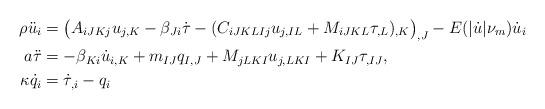
LaTeX: \begin{align*}\rho \ddot{u}_i &= \big( A_{iJKj} u_{j,K} - \beta_{Ji} \dot{\tau} -(C_{iJKLIj} u_{j,IL} + M_{iJKL} \tau_{,L} )_{,K}\big)_{,J} -E(|\dot{u}|\nu_m) \dot{u}_i\\ a \ddot{\tau} &=-\beta_{Ki} \dot{u}_{i,K} + m_{IJ}q_{I,J} + M_{jLKI} u_{j,LKI} +K_{IJ}\tau_{,IJ},\\ \kappa \dot{q}_i &= \dot{\tau}_{,i} - q_{i}\end{align*}